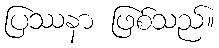
ပြဿနာ ဖြစ်သည်။